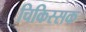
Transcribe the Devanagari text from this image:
चिकिस्सक